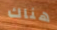
هناك